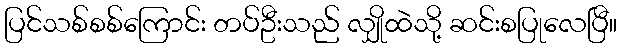
ပြင်သစ်စစ်ကြောင်း တပ်ဦးသည် လျှိုထဲသို့ ဆင်းစပြုလေပြီ။